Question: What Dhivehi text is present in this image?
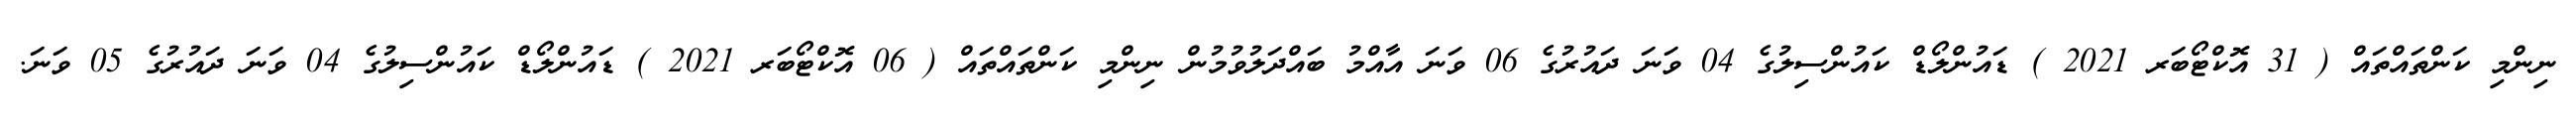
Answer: ނިންމި ކަންތައްތައް ( 31 އޮކްޓޯބަރ 2021 ) ޑައުންލޯޑް ކައުންސިލުގެ 04 ވަނަ ދައުރުގެ 06 ވަނަ އާއްމު ބައްދަލުވުމުން ނިންމި ކަންތައްތައް ( 06 އޮކްޓޯބަރ 2021 ) ޑައުންލޯޑް ކައުންސިލުގެ 04 ވަނަ ދައުރުގެ 05 ވަނަ.